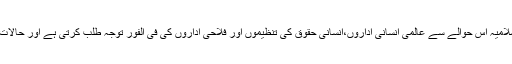
کمیشن برائے امور قیدی امارت اسلامیہ اس حوالے سے عالمی انسانی اداروں،انسانی حقوق کی تنظیموں اور فلاحی اداروں کی فی الفور توجہ طلب کرتی ہے اور حالات کو بےقابو ہونیکی تنبیہ دیتی ہے۔